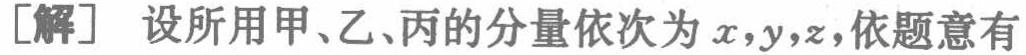
[解] 设所用甲、乙、丙的分量依次为 \(x,y,z\),依题意有